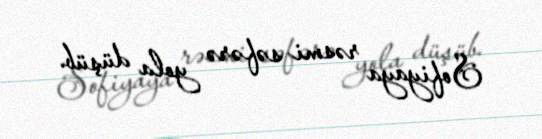
Sofiyaya rəsmi səfərə yola düşüb.